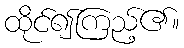
ထိုင်၍ကြည့်၏။